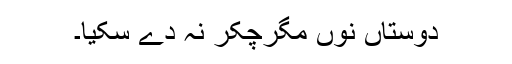
دوستاں نوں مگرچکر نہ دے سکیا۔